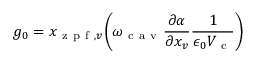
g _ { 0 } = { x _ { \mathrm { ~ z ~ p ~ f ~ } , v } } \bigg ( \omega _ { \mathrm { ~ c ~ a ~ v ~ } } \frac { \partial \alpha } { \partial x _ { v } } \frac { 1 } { \epsilon _ { 0 } V _ { \mathrm { ~ c ~ } } } \bigg )